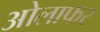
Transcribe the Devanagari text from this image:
ओलाफर